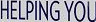
HELPING YOU